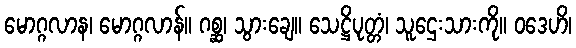
မောဂ္ဂလာန၊ မောဂ္ဂလာန်။ ဂစ္ဆ၊ သွားချေ။ သေဋ္ဌိပုတ္တံ၊ သူဌေးသားကို။ ဝဒေဟိ၊